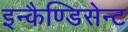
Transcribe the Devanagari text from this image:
इन्कैण्डिसेन्ट